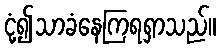
ငုံ့၍သာခံနေကြရရှာသည်။